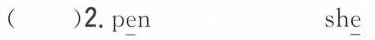
( )2.p\underline{e}n sh\underline{e}